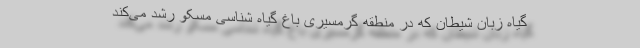
گیاه زبان شیطان که در منطقه گرمسیری باغ گیاه شناسی مسکو رشد می‌کند